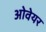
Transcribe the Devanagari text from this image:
ओवेयर